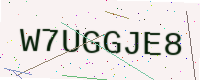
Text: W7UGGJE8